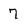
Character: 7